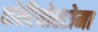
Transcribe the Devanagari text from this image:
कोरियोस्टोमा